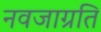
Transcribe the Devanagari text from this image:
नवजाग्रति